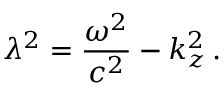
\lambda ^ { 2 } = \frac { \omega ^ { 2 } } { c ^ { 2 } } - k _ { z } ^ { 2 } \, { . }